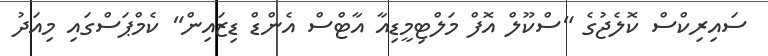
ސައިރިކްސް ކޮލެޖުގެ "ސްކޫލް އޮފް މަލްޓިމީޑިއާ އާޓްސް އެންޑް ޑިޒައިން" ކެމްޕަސްގައި މިއަދު